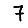
Digit: 7